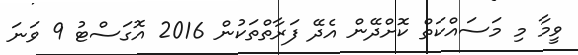
ވީމާ މި މަސައްކަތް ކޮށްދޭން އެދޭ ފަރާތްތަކުން 2016 އޮގަސްޓު 9 ވަނަ